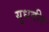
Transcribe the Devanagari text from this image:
युधवीर